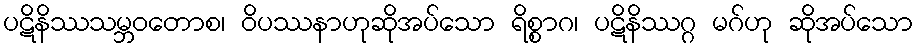
ပဋိနိဿသမ္ဘဝတောစ၊ ဝိပဿနာဟုဆိုအပ်သော ရိစ္စာဂ၊ ပဋိနိဿဂ္ဂ မဂ်ဟု ဆိုအပ်သော